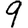
Digit: 9